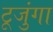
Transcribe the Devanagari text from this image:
टूजुंगा